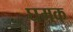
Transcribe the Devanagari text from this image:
घमक